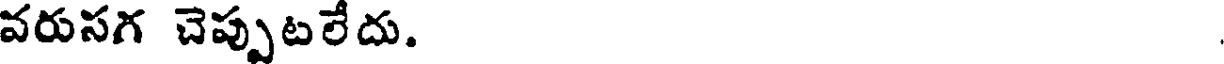
వరుసగ చెప్పుటలేదు.